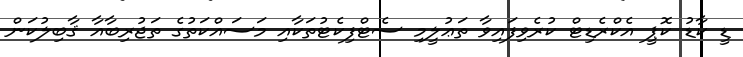
ޑީ ކާޑު ކޮޕީ އެކްރެޑިޓް ކުރެވިފައިވާ ތަޢުލީމި ސެޓްފިކެޓުތަކާއި މަސައްކަތުގެ ތަޖުރިބާއާ ޤާބިލުކަން